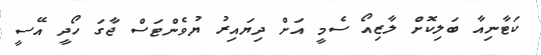
ކަޓާނިއާ ބަލިކޮށް ލާޒިއޯ ސެމީ އަށް ދިޔައިރު ޔުވެންޓަސް ޖާގަ ހޯދީ އޭސީ